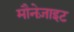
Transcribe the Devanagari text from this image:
मौनेज़ाइट